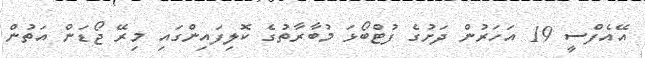
އޭއެފްސީ 19 އަހަރުން ދަށުގެ ފުޓްބޯޅަ މުބާރާތުގެ ކޮލިފައިންގައި މިރޭ ޖޯޑަން އަތުން